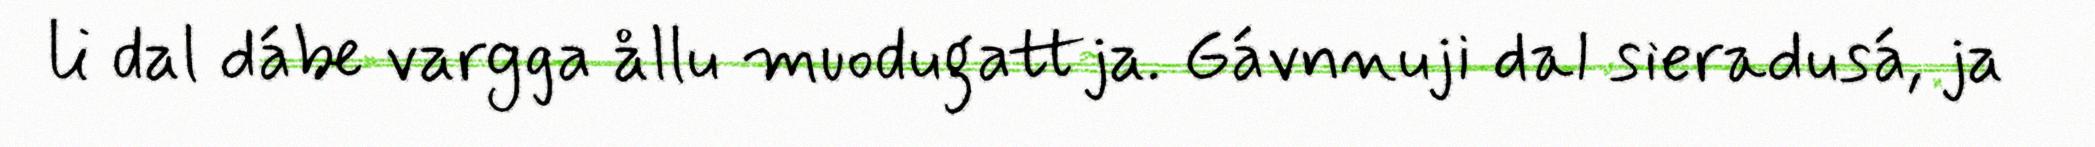
li dal dábe vargga ållu muodugattja. Gávnnuji dal sieradusá, ja